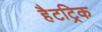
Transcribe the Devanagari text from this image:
हैटट्रिक